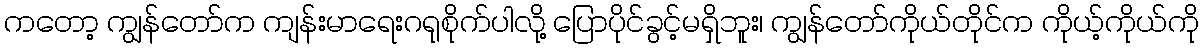
ကတော့ ကျွန်တော်က ကျန်းမာရေးဂရုစိုက်ပါလို့ ပြောပိုင်ခွင့်မရှိဘူး၊ ကျွန်တော်ကိုယ်တိုင်က ကိုယ့်ကိုယ်ကို